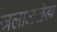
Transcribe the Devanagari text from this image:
जलालखेडा